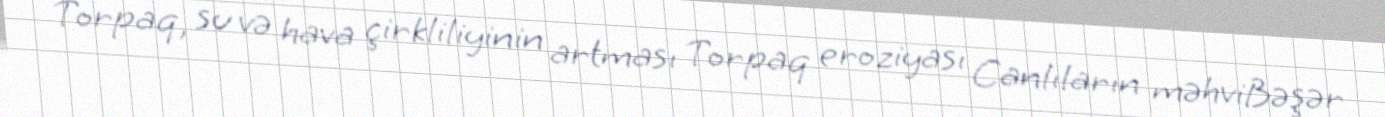
Torpaq, su və hava çirkliliyinin artması Torpaq eroziyası Canlıların məhviBəşər